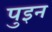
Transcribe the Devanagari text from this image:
पुइन